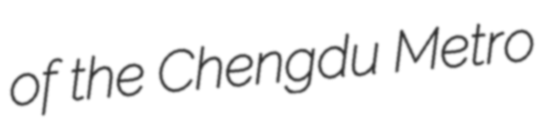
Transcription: of the Chengdu Metro